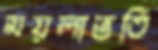
ময়লাভর্তি